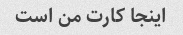
اینجا کارت من است